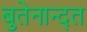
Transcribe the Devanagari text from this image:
बुतेनान्द्त